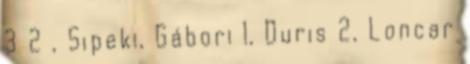
3 2 , Sipeki, Gábori 1, Duris 2, Loncar